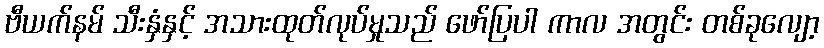
ဗီယက်နမ် သီးနှံနှင့် အသားထုတ်လုပ်မှုသည် ဖော်ပြပါ ကာလ အတွင်း တစ်ခုလျော့